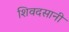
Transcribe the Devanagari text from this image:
शिवदसानी